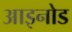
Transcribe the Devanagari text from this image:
आइनोड